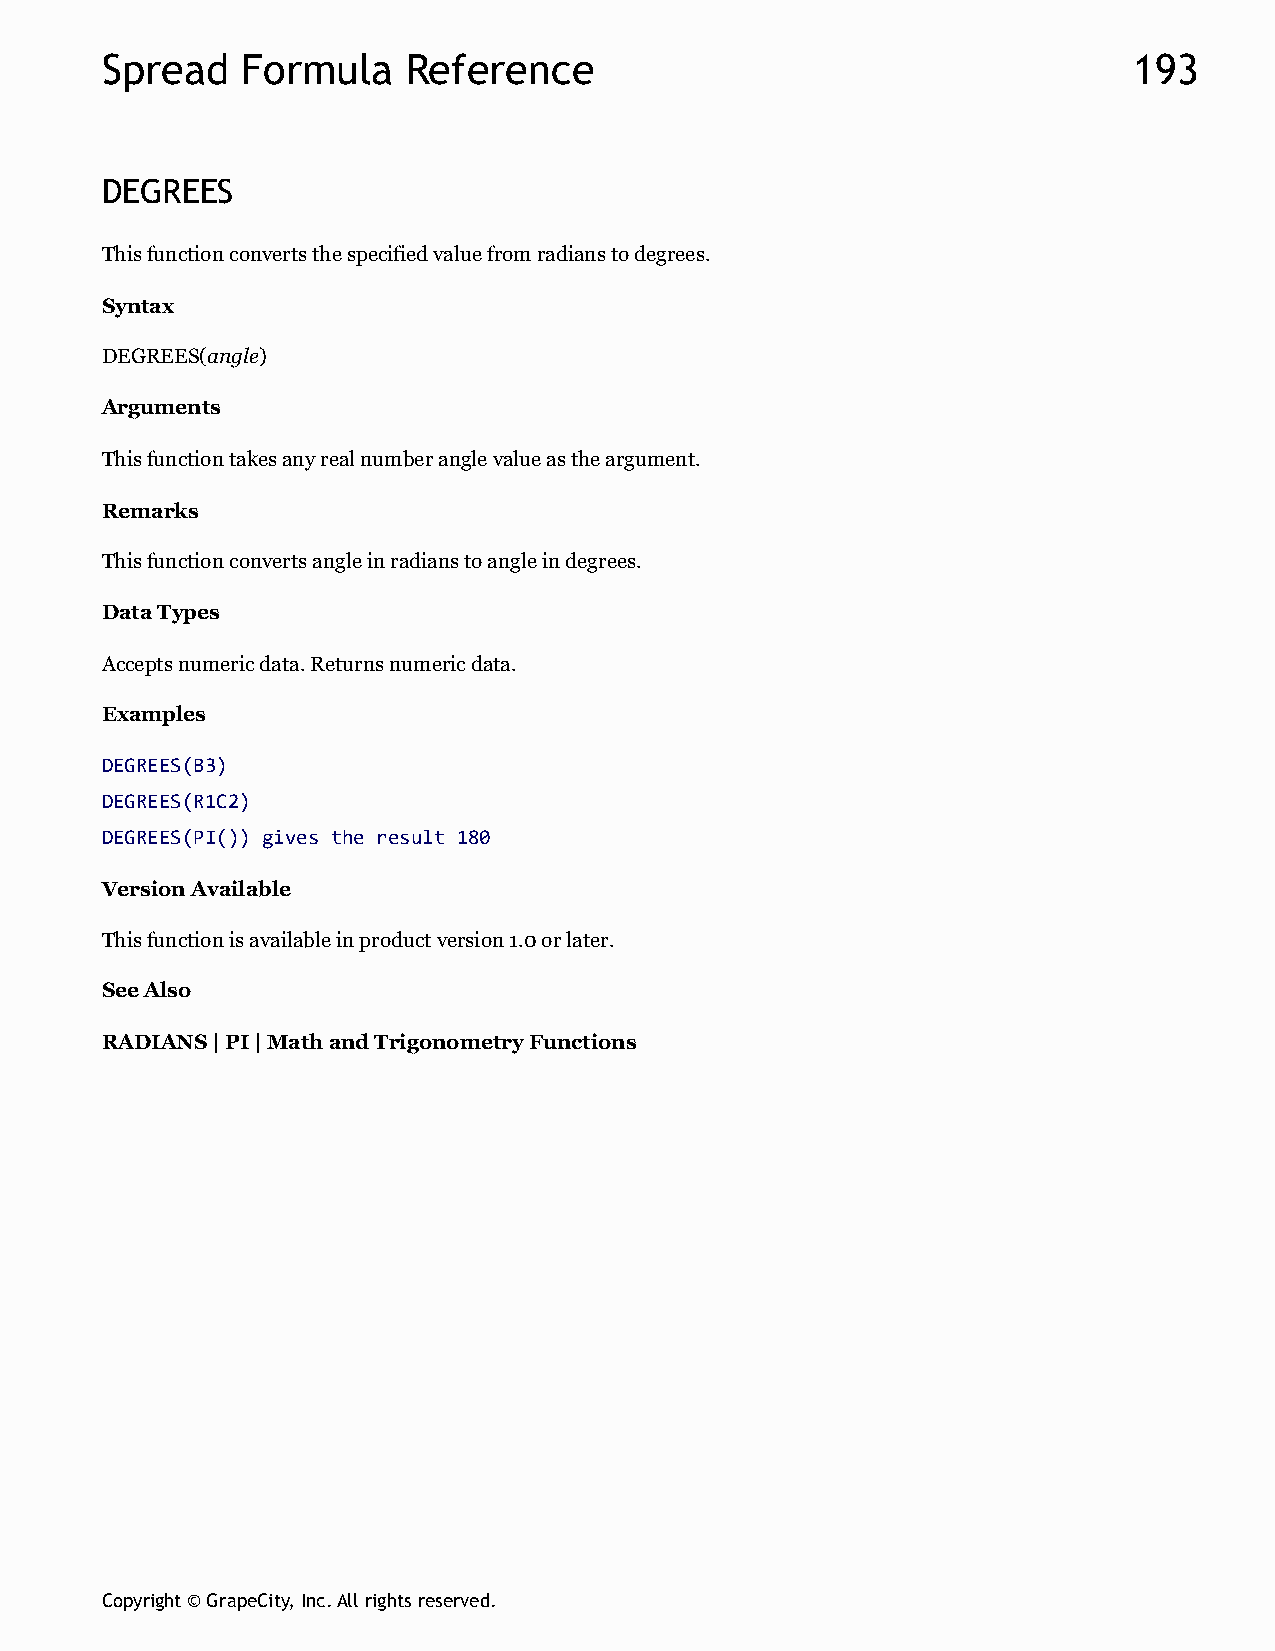
Spread   Formula    Reference                                       193
 DEGREES
 This function converts the specified value from radians to degrees.
 Syntax
 DEGREES(angle)
 Arguments
 This function takes any real number angle value as the argument.
 Remarks
 This function converts angle in radians to angle in degrees.
 Data Types
 Accepts numeric data. Returns numeric data.
 Examples
 DEGREES(B3)
 DEGREES(R1C2)
 DEGREES(PI()) gives the result 180
 Version Available
 This function is available in product version 1.0 or later.
 See Also
 RADIANS | PI | Math and Trigonometry Functions
 Copyright © GrapeCity, Inc. All rights reserved.